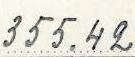
355.42